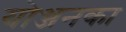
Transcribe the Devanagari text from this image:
योञ्जनका